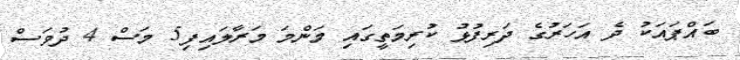
ބައްޕައަކު ދެ އަހަރުގެ ދަރިފުޅު ކުރިމަތީގައި މަންމަ މަރާލައިފި5 މަސް 4 ދުވަސް